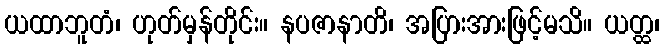
ယထာဘူတံ၊ ဟုတ်မှန်တိုင်း။ နပဇာနာတိ၊ အပြားအားဖြင့်မသိ။ ယတ္ထ၊